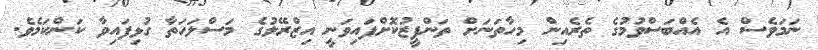
ނަމަވެސް އެ އެއްބަސްވުމުގެ ތެރެއިން މިހާތަނަށް ތަންފީޒުކޮށްފައިވަނީ އިޒްރޭލުގެ މަސްލަހަތާ ގުޅިފައިވާ ކަންކަމެވެ.